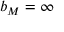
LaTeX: b _ { M } = \infty